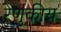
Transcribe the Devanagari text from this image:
रेणुकीय